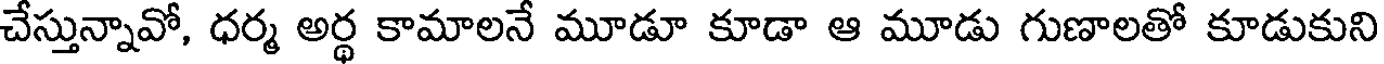
చేస్తున్నావో, ధర్మ అర్థ కామాలనే మూడూ కూడా ఆ మూడు గుణాలతో కూడుకుని